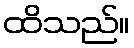
ထိသည်။